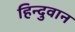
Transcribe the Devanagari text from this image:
हिन्दुवान